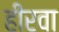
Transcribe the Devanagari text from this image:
हीरवा